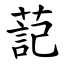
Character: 䓽